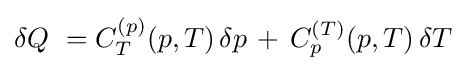
\delta Q\ =C_{T}^{(p)}(p,T)\,\delta p\,+\,C_{p}^{(T)}(p,T)\,\delta T